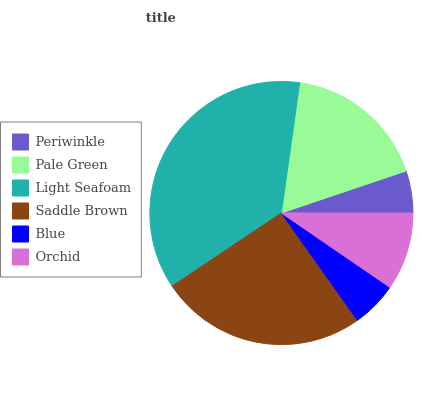
| Periwinkle | Pale Green | Light Seafoam | Saddle Brown | Blue | Orchid |
 | --- | --- | --- | --- | --- | --- |
 | 5.17% | 17.6% | 36.6% | 25.4% | 5.63% | 9.55% |